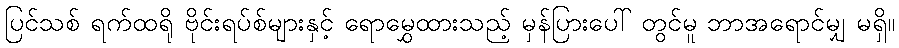
ပြင်သစ် ရက်ထရို ဗိုင်းရပ်စ်များနှင့် ရောမွှေထားသည့် မှန်ပြားပေါ် တွင်မူ ဘာအရောင်မျှ မရှိ။